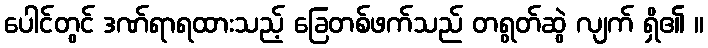
ပေါင်တွင် ဒဏ်ရာရထားသည့် ခြေတစ်ဖက်သည် တရွတ်ဆွဲ လျက် ရှိ၏ ။